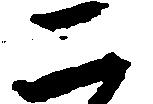
二